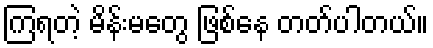
ကြရတဲ့ မိန်းမတွေ ဖြစ်နေ တတ်ပါတယ်။